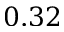
0 . 3 2